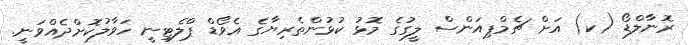
ރޮނާލްޑޯ (ކ) އަށް ޗެމްޕިއަންސް ލީގުގެ މޮޅު ކުޅުންތެރިޔާގެ އެވޯޑް ޕްލެޓިނީ ހަވާލުކޮށްދެއްވަނީ.